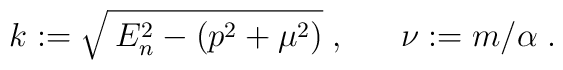
k:=\sqrt{\:E_n^2-(p^2+	\mu^2)}\;,~~~~~ \nu:=m/\alpha\;.